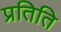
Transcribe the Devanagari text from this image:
प्रतिति